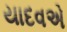
યાદવએ